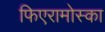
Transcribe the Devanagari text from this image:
फिएरामोस्का